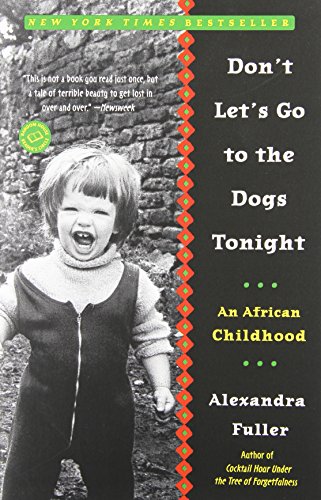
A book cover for Don't Let's Go to the Dogs Tonight: An African Childhood; Alexandra Fuller; Biographies & Memoirs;